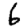
Digit: 6